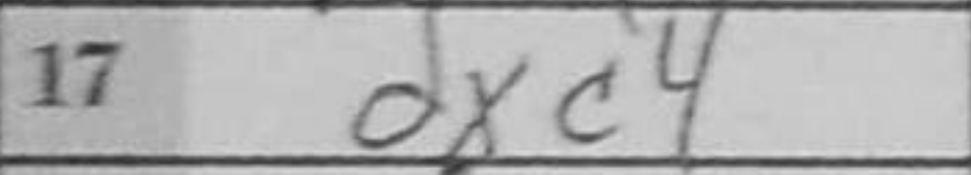
Transcription: dxc4